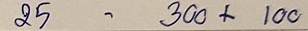
25 - 300 ++ 100